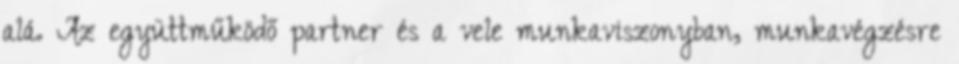
alá. Az együttműködő partner és a vele munkaviszonyban, munkavégzésre